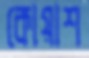
কোয়াশ